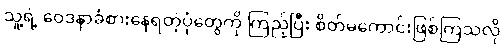
သူ့ရဲ့ ဝေဒနာခံစားနေရတဲ့ပုံတွေကို ကြည့်ပြီး စိတ်မကောင်းဖြစ်ကြသလို